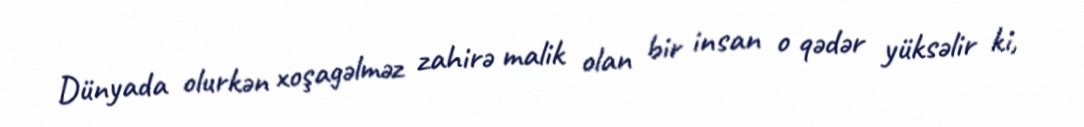
Dünyada olurkən xoşagəlməz zahirə malik olan bir insan o qədər yüksəlir ki,